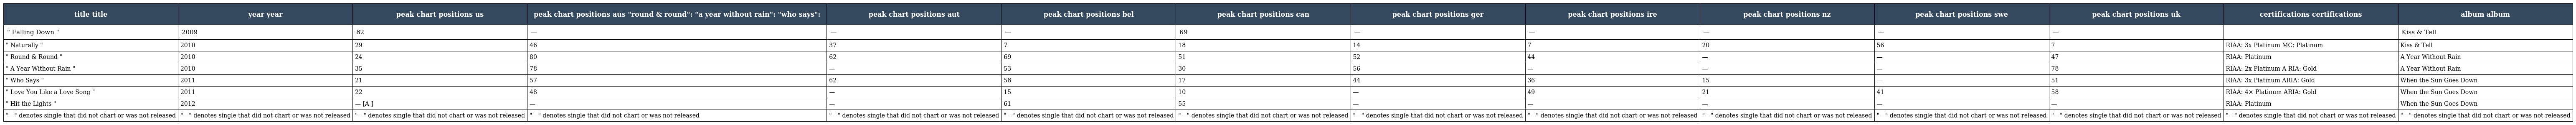
| title title | year year | peak chart positions us | peak chart positions aus "round & round": "a year without rain": "who says": | peak chart positions aut | peak chart positions bel | peak chart positions can | peak chart positions ger | peak chart positions ire | peak chart positions nz | peak chart positions swe | peak chart positions uk | certifications certifications | album album |
 | --- | --- | --- | --- | --- | --- | --- | --- | --- | --- | --- | --- | --- | --- |
 | " Falling Down " | 2009 | 82 | — | — | — | 69 | — | — | — | — | — |  | Kiss & Tell |
 | " Naturally " | 2010 | 29 | 46 | 37 | 7 | 18 | 14 | 7 | 20 | 56 | 7 | RIAA: 3x Platinum MC: Platinum | Kiss & Tell |
 | " Round & Round " | 2010 | 24 | 80 | 62 | 69 | 51 | 52 | 44 | — | — | 47 | RIAA: Platinum | A Year Without Rain |
 | " A Year Without Rain " | 2010 | 35 | 78 | — | 53 | 30 | 56 | — | — | — | 78 | RIAA: 2x Platinum A RIA: Gold | A Year Without Rain |
 | " Who Says " | 2011 | 21 | 57 | 62 | 58 | 17 | 44 | 36 | 15 | — | 51 | RIAA: 3x Platinum ARIA: Gold | When the Sun Goes Down |
 | " Love You Like a Love Song " | 2011 | 22 | 48 | — | 15 | 10 | — | 49 | 21 | 41 | 58 | RIAA: 4× Platinum ARIA: Gold | When the Sun Goes Down |
 | " Hit the Lights " | 2012 | — [A ] | — | — | 61 | 55 | — | — | — | — | — | RIAA: Platinum | When the Sun Goes Down |
 | "—" denotes single that did not chart or was not released | "—" denotes single that did not chart or was not released | "—" denotes single that did not chart or was not released | "—" denotes single that did not chart or was not released | "—" denotes single that did not chart or was not released | "—" denotes single that did not chart or was not released | "—" denotes single that did not chart or was not released | "—" denotes single that did not chart or was not released | "—" denotes single that did not chart or was not released | "—" denotes single that did not chart or was not released | "—" denotes single that did not chart or was not released | "—" denotes single that did not chart or was not released | "—" denotes single that did not chart or was not released | "—" denotes single that did not chart or was not released |